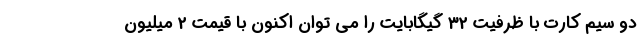
دو سیم کارت با ظرفیت 32 گیگابایت را می توان اکنون با قیمت 2 میلیون